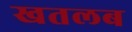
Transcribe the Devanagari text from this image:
खतलब